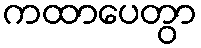
ကထာပေတွာ